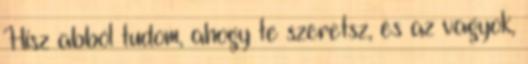
Hisz abból tudom, ahogy te szeretsz, és az vagyok,